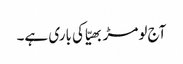
آج لومڑ بھیّا کی باری ہے۔